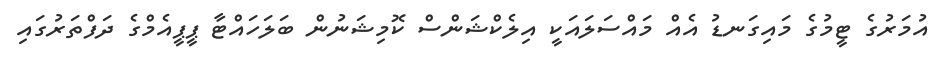
އުމަރުގެ ޓީމުގެ މައިގަނޑު އެއް މައްސަލައަކީ އިލެކްޝަންސް ކޮމިޝަނުން ބަލަހައްޓާ ޕީޕީއެމްގެ ދަފްތަރުގައި